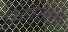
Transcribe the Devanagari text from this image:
पेटोस्की